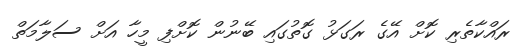
ރައްކާތެރި ކޮށް އޭގެ ރަގަޅު ގޮތުގައި ބޭނުން ކޮށްފި މީހާ އަށް ސަލާމަތް